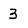
Character: 3